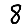
Digit: 8